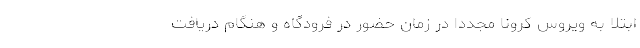
ابتلا به ویروس کرونا مجدداً در زمان حضور در فرودگاه و هنگام دریافت